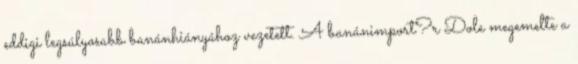
eddigi legsúlyosabb banánhiányához vezetett. A banánimport?r Dole megemelte a